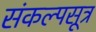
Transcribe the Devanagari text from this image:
संकल्पसूत्र